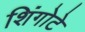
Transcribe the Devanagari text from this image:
शिंगोटे